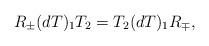
LaTeX: \begin{align*}R_{\pm}(dT)_{1}T_{2}=T_{2}(dT)_{1}R_{\mp},\end{align*}